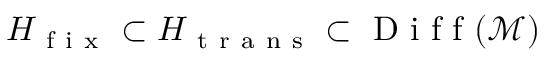
H _ { \mathrm { ~ f ~ i ~ x ~ } } \subset H _ { \mathrm { ~ t ~ r ~ a ~ n ~ s ~ } } \subset \mathrm { ~ D ~ i ~ f ~ f ~ } ( \mathcal { M } )